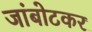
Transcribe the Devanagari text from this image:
जांबोटकर